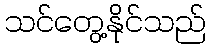
သင်တွေ့နိုင်သည်